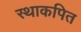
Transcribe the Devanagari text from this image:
स्थाकपित